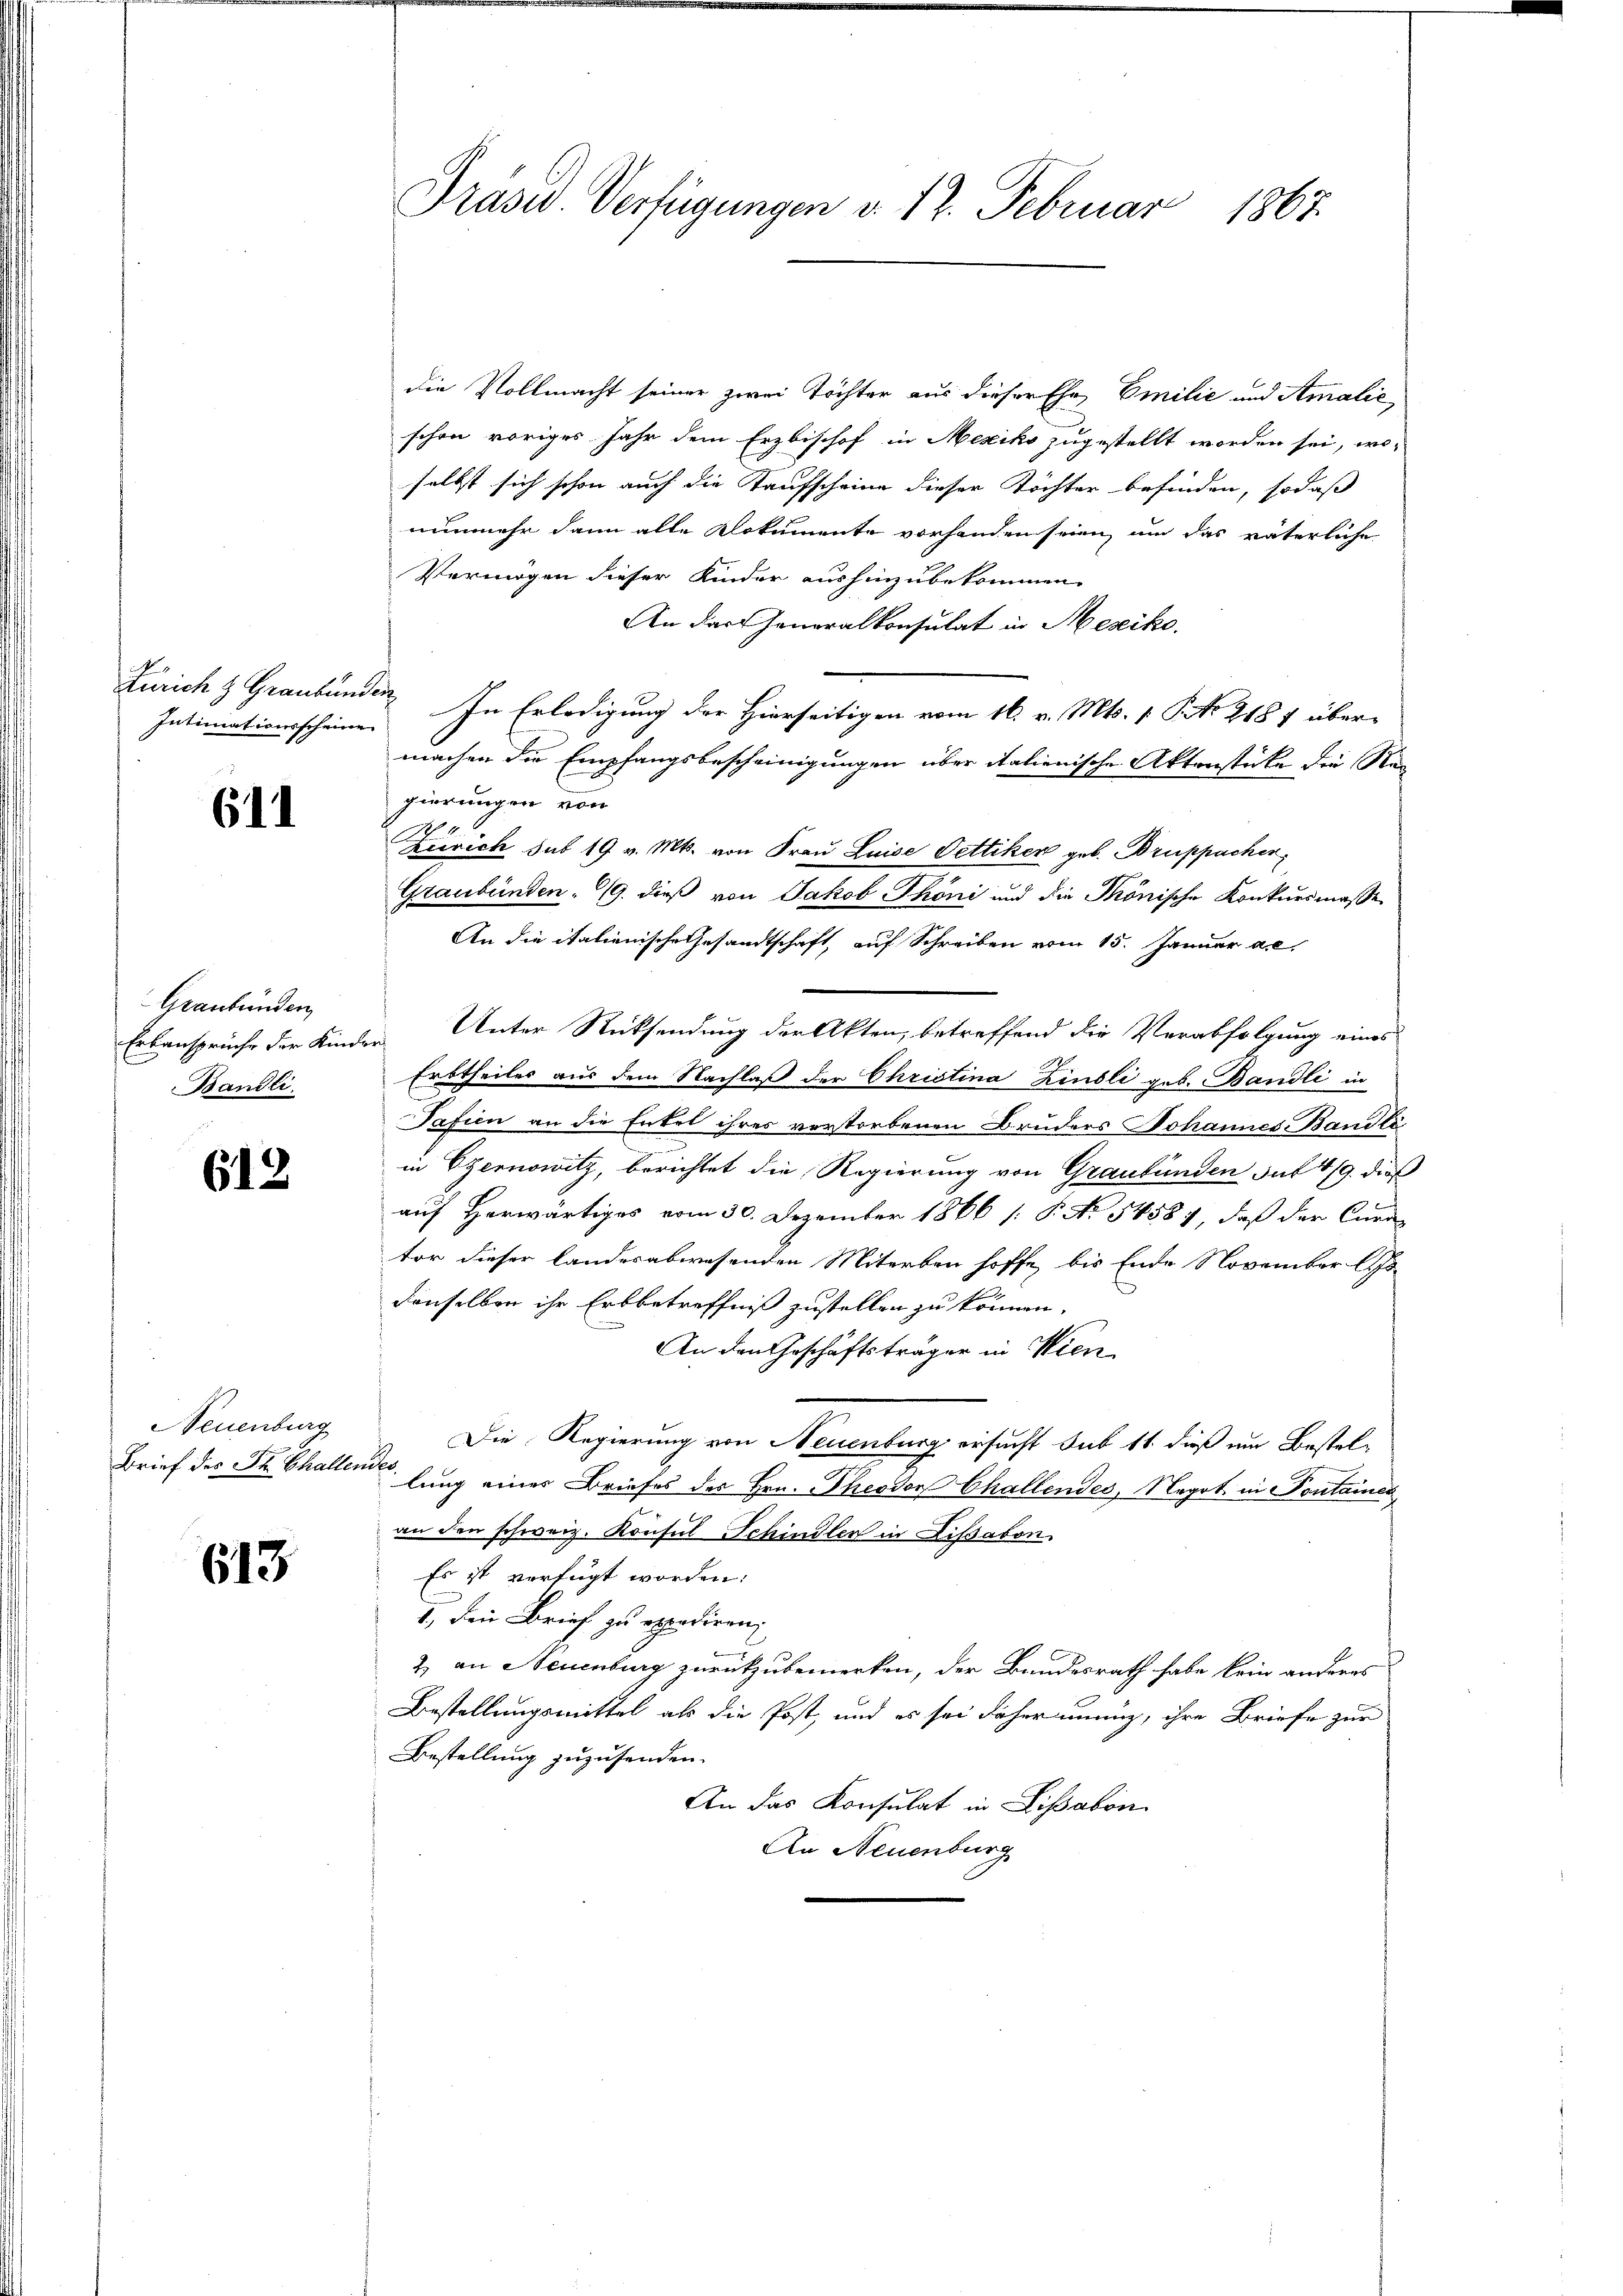
Intimationsscheine

611

Graubünden,
Bändli

612

Neuenburg
Brief des St. Challendes

613

Präsid. Verfügungen v. 12. Februar 1867.

die Vollmacht seiner zwei Töchter aus dieser Ehe Emilić und Amalić,
schon voriges Jahr dem Erzbischof in Mexiko zugestellt worden sei, wo-
selbst sich schon auch die Kaufscheine dieser Töchter befinden, sodaß
nunmehr dann alle Klokumente vorhanden seien, um das väterliche
Vermögen dieser Kinder aushinzubekommen.
An der Generalkonsulat in Mesiko
Zürich & Graubünder In Erledigung der Hierseitigen vom 16. v. Mts. 1. P. 218 f übermachen die Empfangsbescheinigungen über italienische Aktenstücke die Reg
gierungen von
.
Zürich sub 19 v. Mts. von Frau Luise Pettiker geb. Bruppacher
Graubünden 19. dieß von Jakob Phöni und die Phönische Konkursmasse
An die italienische Gesandtschaft, auf Schreiben vom 15. Januar a.c.
Erbansprüche der Kinder Unter Rücksendung der Akten, betreffend die Verabfolgung eines
Erbtheiles aus dem Nachlaß der Christina Zinsli geb. Bandli in
Tafien an die Entel ihres verstorbenen Bruders Johannes. Bandliin Czernowitz, berichtet die Regierung von Graubünden suf 4/9. dieß
auf Herwärtiges vom 30. Dezember 1866 [ P. No 54584, daß der Cura
tor dieser landesabwesenden Miterben hoffe, bis Ende November Os
denselben ihr Erbbetreffniß zustellen zu können.
An den Geschäftsträger in Wien
Die Regierung von Neuenburg ersucht sub 11 dieß um Bestellung eines Briefes des Hrn. Theodor Challendes, Negot in Pontaines
an den schweiz. Konsul Schindler in Lissabon
Es ist verfügt worden:
1., den Brief zu expediren
2) an Neuenburg zurückzubemerken, der Bundesrath habe kein anderes
Bestellungsmittel als die Post, und es sei daher innig, ihre Briefe zur
Bestellung zuzusenden.
An das Konsulat in Lissabon
An Neuenburg